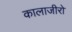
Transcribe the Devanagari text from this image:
कालाजीरो